Annual report on the working of the mental hospitals in the Madras Presidency - 1912-1932
Year: 1912
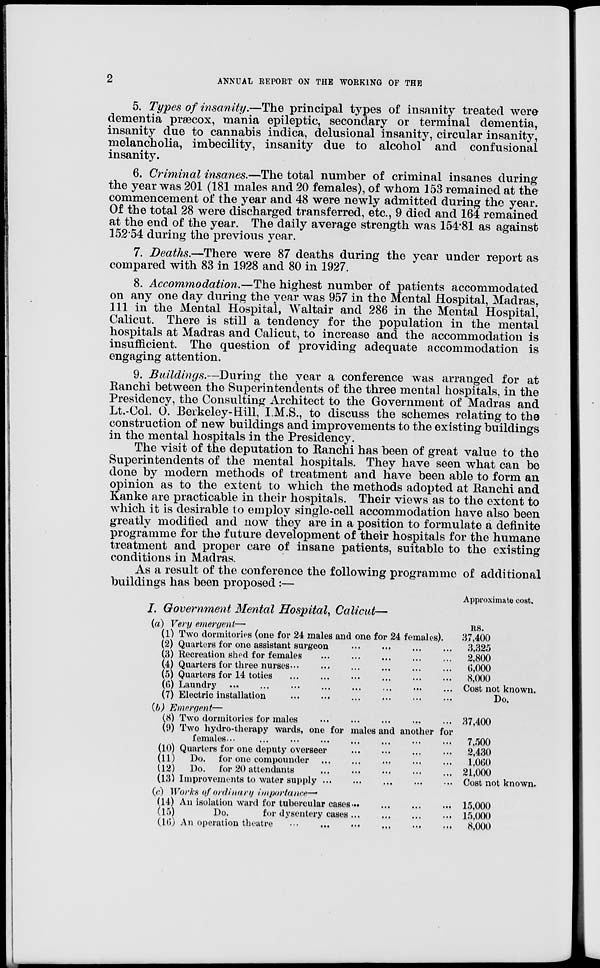
2
ANNUAL REPORT ON THE WORKING OF THE
5. Types of insanity.—The principal types of insanity treated were
dementia præcox, mania epileptic, secondary or terminal dementia,
insanity due to cannabis indica, delusional insanity, circular insanity,
melancholia, imbecility, insanity due to alcohol and confusional
insanity.
6. Criminal insanes.—The total number of criminal insanes during
the year was 201 (181 males and 20 females), of whom 153 remained at the
commencement of the year and 48 were newly admitted during the year.
Of the total 28 were discharged transferred, etc., 9 died and 164 remained
at the end of the year. The daily average strength was 154.81 as against
152.54 during the previous year.
7. Deaths.—There were 87 deaths during the year under report as
compared with 83 in 1928 and 80 in 1927.
8. Accommodation.—The highest number of patients accommodated
on any one day during the year was 957 in the Mental Hospital, Madras,
111 in the Mental Hospital, Waltair and 286 in the Mental Hospital,
Calicut. There is still a tendency for the population in the mental
hospitals at Madras and Calicut, to increase and the accommodation is
insufficient. The question of providing adequate accommodation is
engaging attention.
9. Buildings.—During the year a conference was arranged for at
Ranchi between the Superintendents of the three mental hospitals, in the
Presidency, the Consulting Architect to the Government of Madras and
Lt.-Col. O. Berkeley-Hill, I.M.S., to discuss the schemes relating to the
construction of new buildings and improvements to the existing buildings
in the mental hospitals in the Presidency.
The visit of the deputation to Ranchi has been of great value to the
Superintendents of the mental hospitals. They have seen what can be
done by modern methods of treatment and have been able to form an
opinion as to the extent to which the methods adopted at Ranchi and
Kanke are practicable in their hospitals. Their views as to the extent to
which it is desirable to employ single-cell accommodation have also been
greatly modified and now they are in a position to formulate a definite
programme for the future development of their hospitals for the humane
treatment and proper care of insane patients, suitable to the existing
conditions in Madras.
As a result of the conference the following programme of additional
buildings has been proposed :—
I. Government Mental Hospital, Calicut—
(a) Very emergent—
(1) Two dormitories (one for 24 males and one for 24 females).
(2) Quarters for one assistant surgeon
...
...
...
...
(3) Recreation shed for females
...
...
...
...
(4) Quarters for three
nurses...
...
...
...
(5) Quarters for 14 toties
...
...
...
...
(6) Laundry
...
...
...
...
(7) Electric installation ... ... ... ...
(b) Emergent—
(8) Two dormitories for males
(9) Two hydro-therapy wards, one for males and another for
females
...
... ... ... ... ...
(10) Quarters for one deputy overseer
...
...
...
...
(11)
Do. for one compounder
...
...
...
...
(12) Do. for 20 attendants
...
...
...
...
(13) Improvements to water
supply...
...
...
...
(c) Works of ordinary importance—
(14) An isolation ward for tubercular
cases...
...
...
...
(15)
Do.
for dysentery
cases...
...
...
...
(16) An operation theatre
...
...
...
...
...
...
Approximate cost.
RS.
37,400
3,325
2,800
6,000
8,000
Cost not known.
Do.
37,400
7,500
2,430
1,060
21,000
Cost not known.
15,000
15,000
8,000